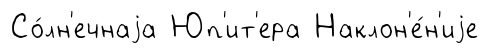
Со́лн'ечнаjа Юп'ит'ера Наклон'е́н'иjе